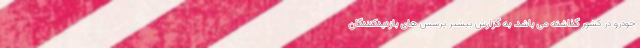
خودرو در کشور گذاشته می باشد. به گزارش بیشتر پرسش های بازدیدکنندگان